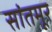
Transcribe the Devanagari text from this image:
सांतमूर